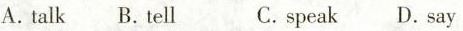
A.talk B.tell C.speak D.Say